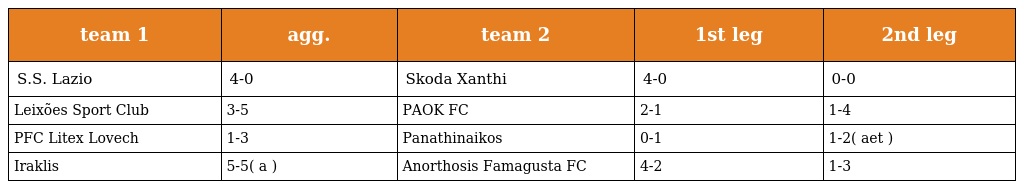
| team 1 | agg. | team 2 | 1st leg | 2nd leg |
 | --- | --- | --- | --- | --- |
 | S.S. Lazio | 4-0 | Skoda Xanthi | 4-0 | 0-0 |
 | Leixões Sport Club | 3-5 | PAOK FC | 2-1 | 1-4 |
 | PFC Litex Lovech | 1-3 | Panathinaikos | 0-1 | 1-2( aet ) |
 | Iraklis | 5-5( a ) | Anorthosis Famagusta FC | 4-2 | 1-3 |